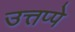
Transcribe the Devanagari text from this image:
उत्तप्पे